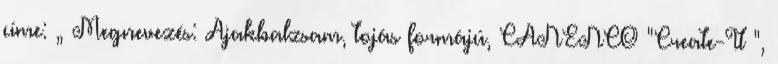
címe: „ Megnevezés: Ajakbalzsam, tojás formájú, CANENCO "Create-It ",